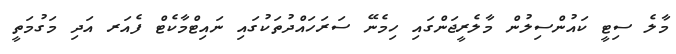
މާލެ ސިޓީ ކައުންސިލުން މާލެރީޖަންގައި ހިމެނޭ ސަރަހައްދުތަކުގައި ނައިޓްމާކެޓް ފެއަރ އަދި މަގުމަތީ